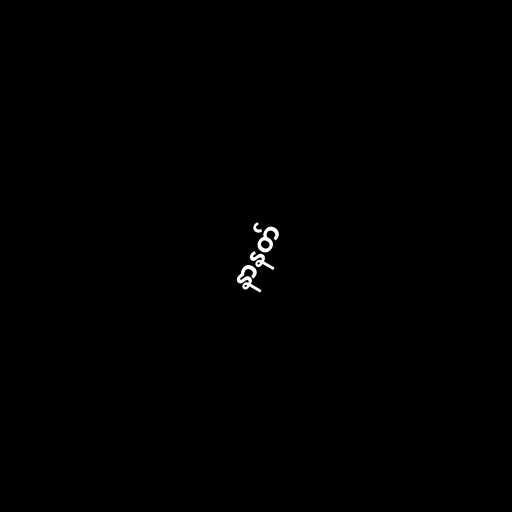
နာနတ်